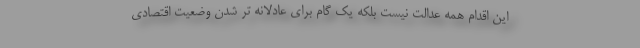
این اقدام همه عدالت نیست بلکه یک گام برای عادلانه تر شدن وضعیت اقتصادی